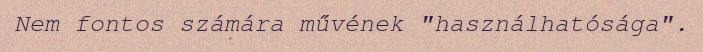
Nem fontos számára művének "használhatósága".